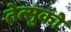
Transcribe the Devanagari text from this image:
तेत्सुको